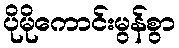
ပိုမိုကောင်းမွန်စွာ